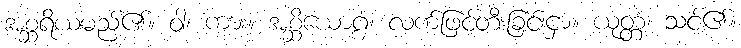
အစ္ဆရိယမည်၏။ ဝါ၊ ကား။ အစ္ဆိယောဂ္ဂံ၊ လက်ဖြင့်တီးခြင်းငှာ။ ယုတ္တံ၊ သင့်၏။